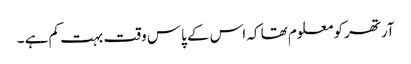
آرتھر کو معلوم تھا کہ اس کے پاس وقت بہت کم ہے ۔